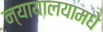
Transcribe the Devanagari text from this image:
न्यायालयामधे